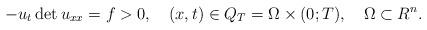
LaTeX: \begin{align*}-u_t\det u_{xx}=f>0,\quad(x,t)\in Q_T=\Omega\times(0;T),\quad\Omega\subset R^n.\end{align*}